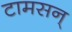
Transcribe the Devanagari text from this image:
टामसन्